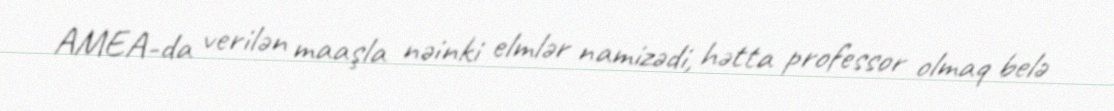
AMEA-da verilən maaşla nəinki elmlər namizədi, hətta professor olmaq belə